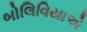
બોલિવિયાએ